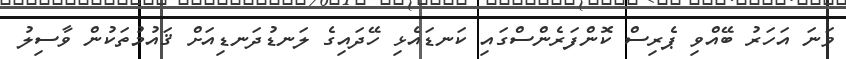
ވަނަ އަހަރު ބޭއްވި ޕެރިސް ކޮންފަރެންސްގައި ކަނޑައެޅި ހޭދައިގެ ލަނޑުދަނޑިއަށް ޤައުމުތަކުން ވާސިލު